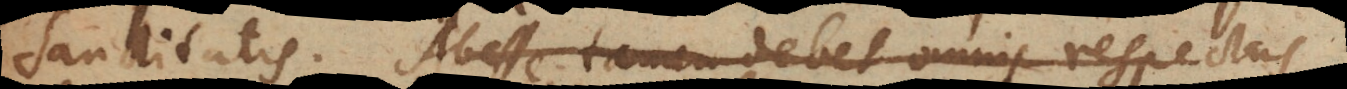
sanctitatis. Abesse tamen debet omnis respectus